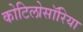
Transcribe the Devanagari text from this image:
कोटिलोसॉरिया